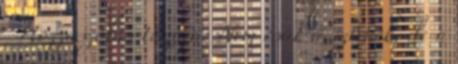
Hozzászólás témája: Nem csak a szívnek, de a